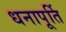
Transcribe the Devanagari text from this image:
धनापूर्ति